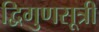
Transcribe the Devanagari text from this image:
द्विगुणसूत्री